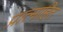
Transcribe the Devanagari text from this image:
प्रात्माहित